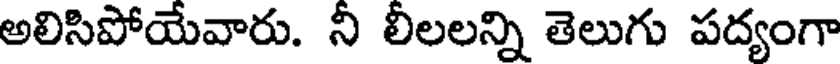
అలిసిపోయేవారు. నీ లీలలన్ని తెలుగు పద్యంగా